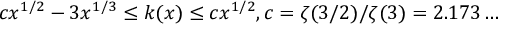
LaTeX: c x ^ { 1 / 2 } - 3 x ^ { 1 / 3 } \leq k ( x ) \leq c x ^ { 1 / 2 } , c = \zeta ( 3 / 2 ) / \zeta ( 3 ) = 2 . 1 7 3 \ldots